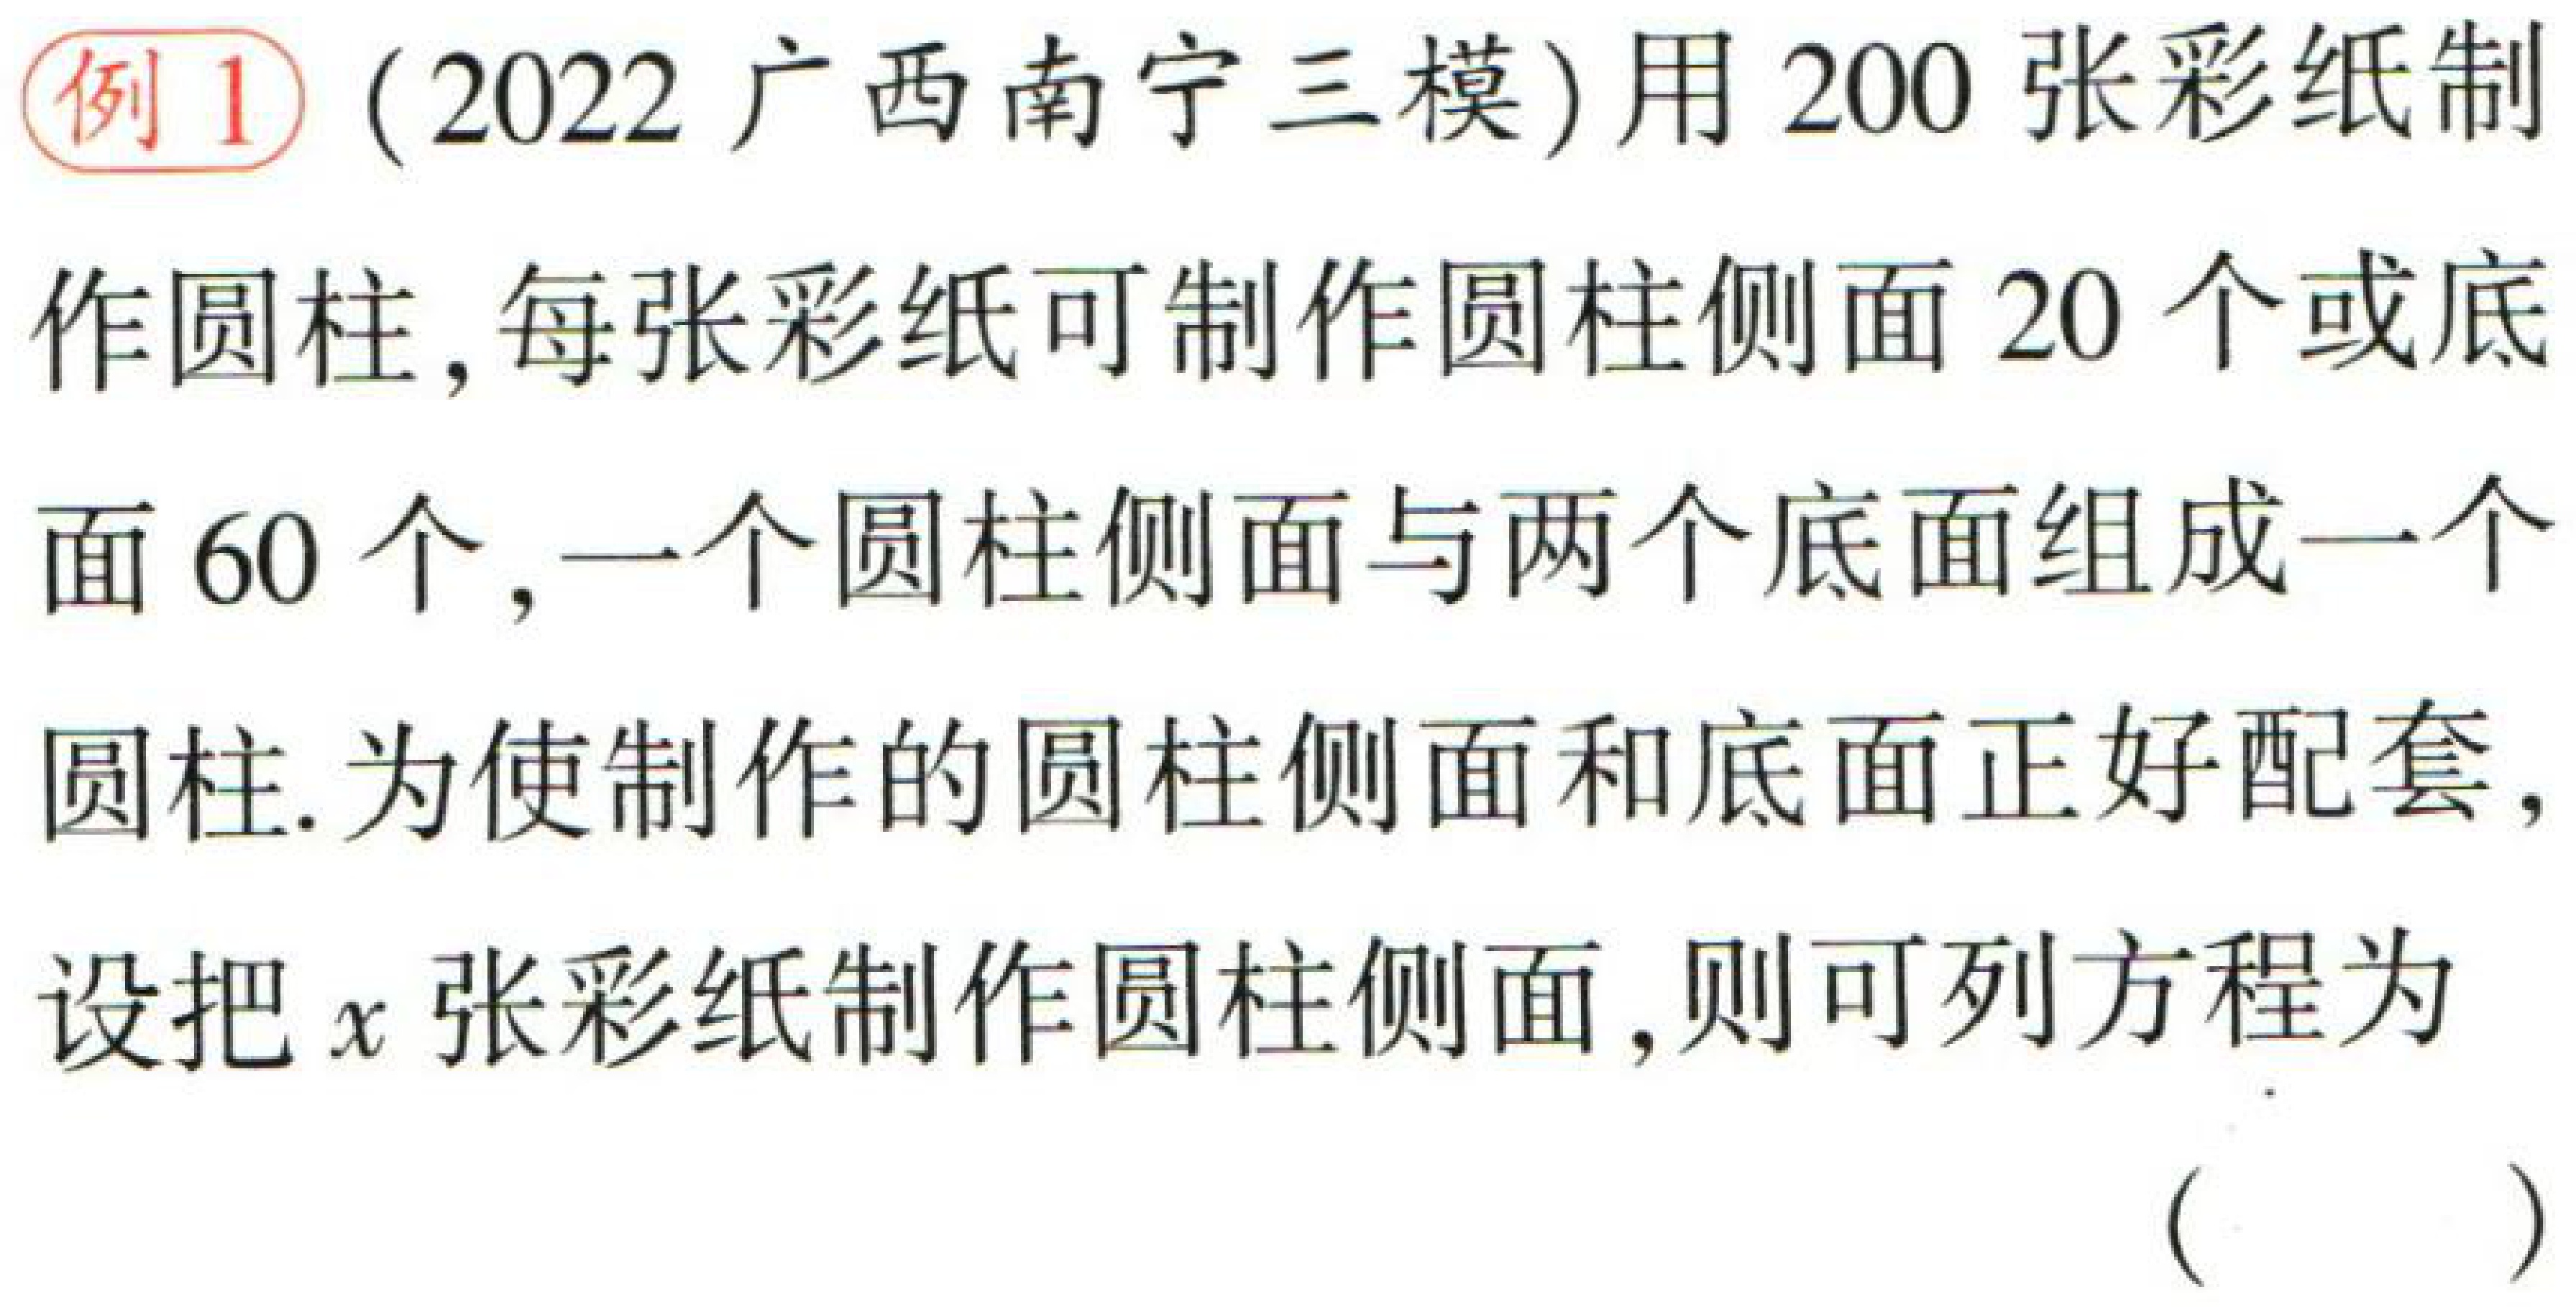
例1（2022广西南宁三模）用200张彩纸制作圆柱,每张彩纸可制作圆柱侧面20个或底面60个,一个圆柱侧面与两个底面组成一个圆柱.为使制作的圆柱侧面和底面正好配套,设把\(x\)张彩纸制作圆柱侧面,则可列方程为（  ）